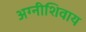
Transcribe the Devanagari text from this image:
अग्नीशिवाय